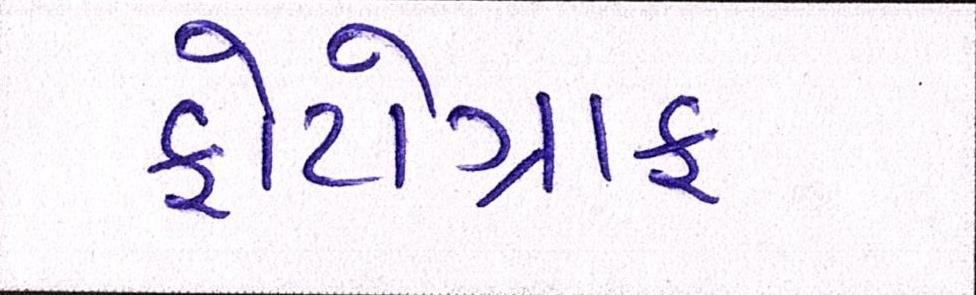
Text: ફોટોગ્રાફ